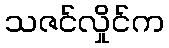
သဇင်လှိုင်က